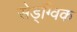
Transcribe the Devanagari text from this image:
सेड्ग्विक